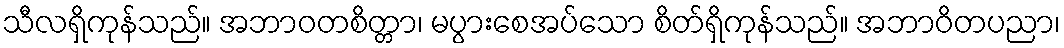
သီလရှိကုန်သည်။ အဘာဝတစိတ္တာ၊ မပွားစေအပ်သော စိတ်ရှိကုန်သည်။ အဘာဝိတပညာ၊